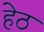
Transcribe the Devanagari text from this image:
हेठ